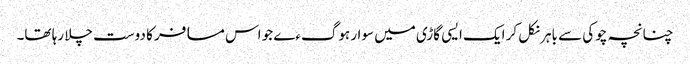
چنانچہ چوکی سے باہر نکل کر ایک ایسی گاڑی میں سوار ہوگءے جو اس مسافر کا دوست چلا رہا تھا۔